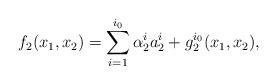
LaTeX: \begin{align*}f_2(x_1,x_2)=\sum_{i=1}^{i_0} \alpha_2^i a_2^i+ g_2^{i_0}(x_1,x_2),\end{align*}